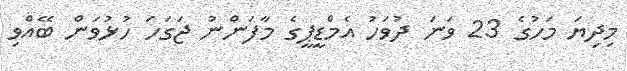
މިިދިޔަ މަހުގެ 23 ވަނަ ދުވަހު އެމްޑީޕީގެ މާފަންނު ޖަގަހަ ހުޅުވަން ބޭއްވި